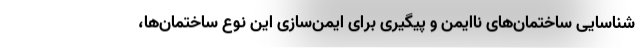
شناسایی ساختمان‌های ناایمن و پیگیری برای ایمن‌سازی این نوع ساختمان‌ها،